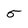
Character: 5